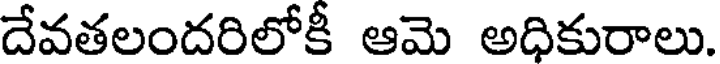
దేవతలందరిలోకీ ఆమె అధికురాలు.